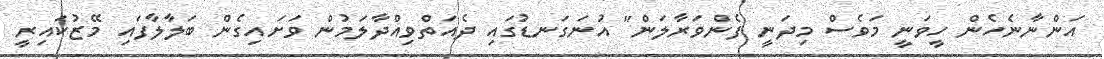
އަންނާނެހެން ހީވަނީ މަވެސް މިދަނީ ފެންވަރާލަން" އުނަގަނޑުގައި ދެއަތްވިއްދާލަމުން ވަށައިގެން ބަލާލާފައި މޭޒުކައިރީ